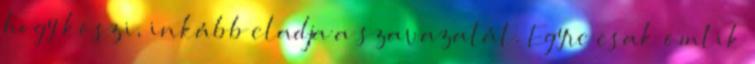
hogy köszi, inkább eladja a szavazatát. Egyre csak ömlik